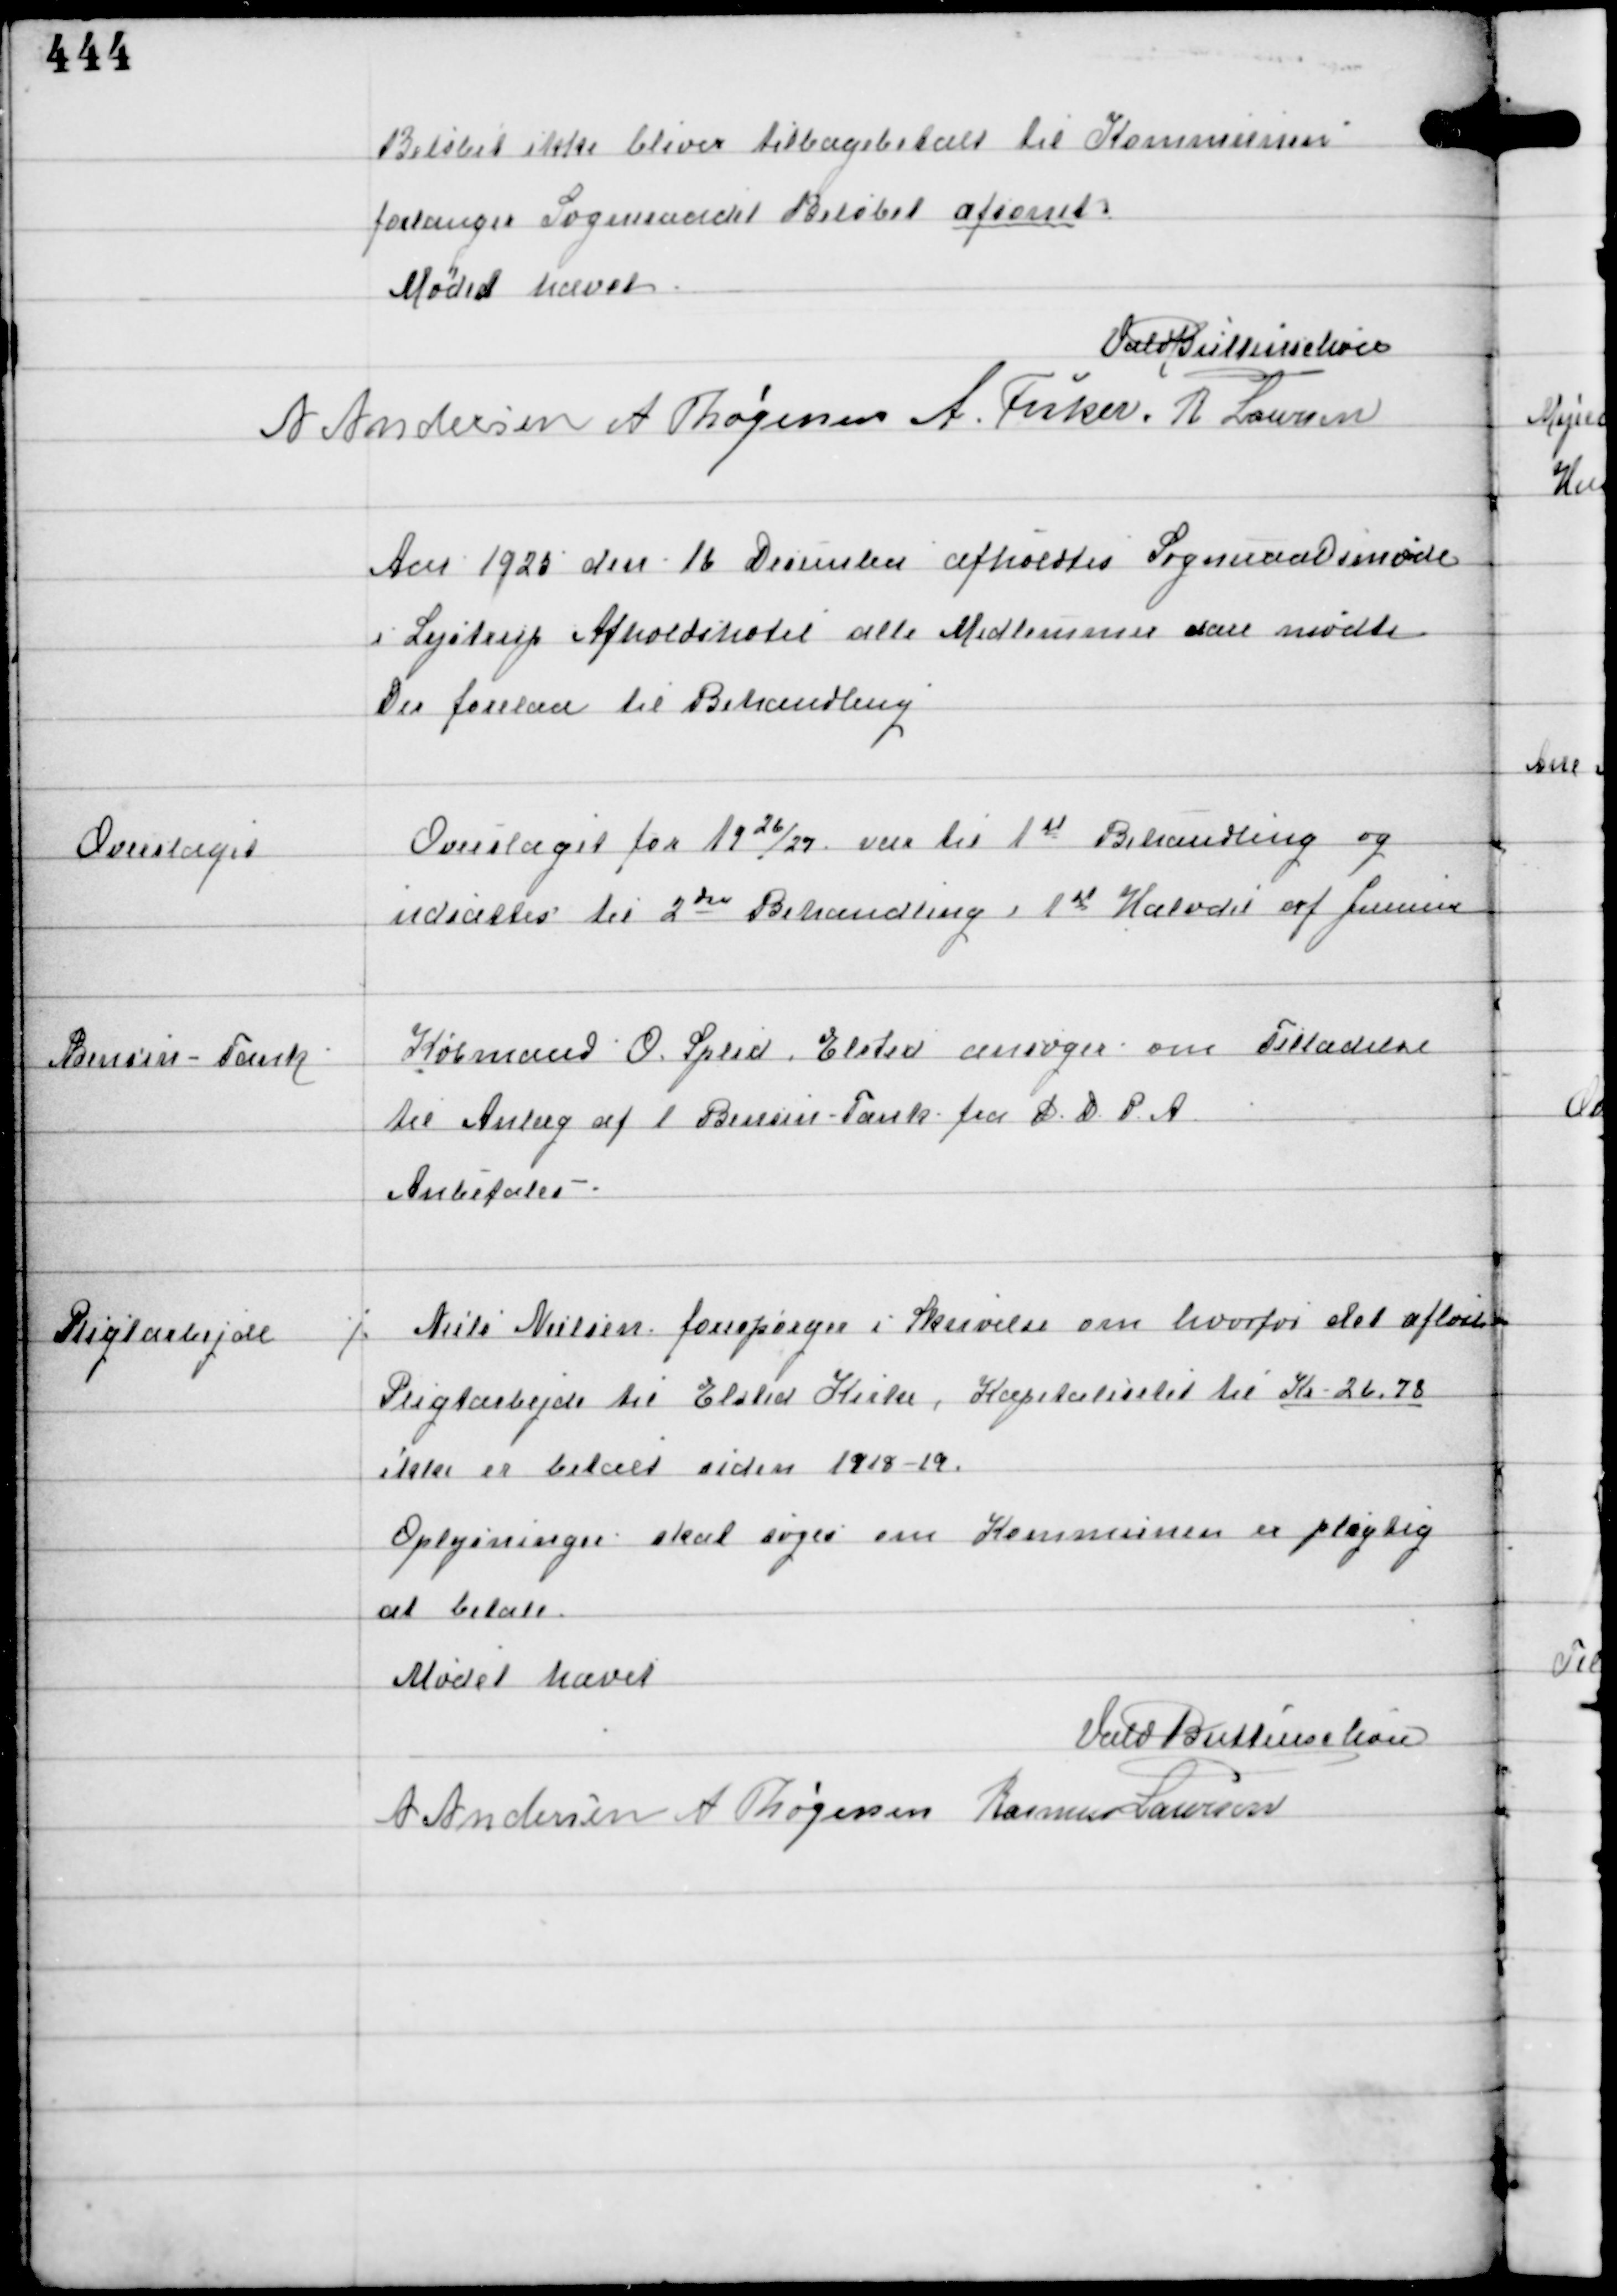
Transskription:
Beløbet ikke bliver tilbageholdt til Kommunen
forlanger Sogneraadet Beløbet afsonet

Mødet hævet
Vald Buttenschøn
A Andersen A Thøgersen A Fisker A Laursen

Aar 1925 den 16 December afholdtes Sogneraadsmøde
i Lystrup Afholdshotel alle Medlemmer vare mødte.
Der forelaa til Behandling

Overslaget

Overslaget for 1926/27 var til 1st Behandling og
udsattes til 2den Behandling i 1st Halvdel af Januar

Benzin-Tank

Købmand O. Splid Elsted ansøger om Tilladelse
til Anlæg af 1 Benzin-Tank fra D. D. P. A.
Anbefaledes.

Pligtarbejde

Niels Nielsen forespørger i Skrivelse om hvorfor det afløste
Pligtarbejde til Elsted Kirke, Kapetaliseret til Kr 26.78
ikke er betalt siden 1918-19.
Oplysninger skal søges om Kommunen er pligtig
at betale.

Mødet hævet
Vald Buttenschøn
A Andersen A Thøgersen Rasmus Laursen